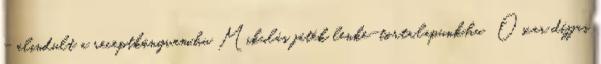
- elindult a receptkönyvem.hu Mikulás játék lenke-torta.lapunk.hu Oscar díjjas